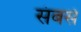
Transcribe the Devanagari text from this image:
संबसे